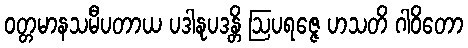
ဝတ္တမာနသမီပတာယ ပဒါနုပဒန္တိ ဩပရဇ္ဇေ ဟသတိ ဂါဝိတော